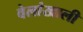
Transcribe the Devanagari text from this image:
वेलांखाली